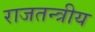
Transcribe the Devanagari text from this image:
राजतन्त्रीय